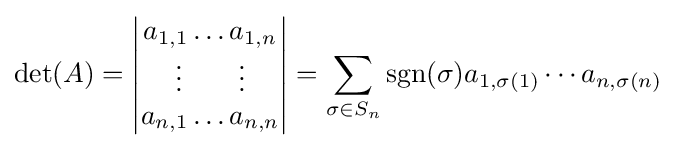
\det(A)={\begin{vmatrix}a_{1,1}\ldots a_{1,n}\\\vdots \qquad \vdots \\a_{n,1}\ldots a_{n,n}\end{vmatrix}}=\sum _{\sigma \in S_{n}}\operatorname {sgn} (\sigma )a_{1,\sigma (1)}\cdots a_{n,\sigma (n)}